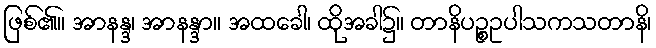
ဖြစ်၏။ အာနန္ဒ၊ အာနန္ဒာ။ အထခေါ၊ ထိုအခါ၌။ တာနိပဉ္စဥပါသကသတာနိ၊